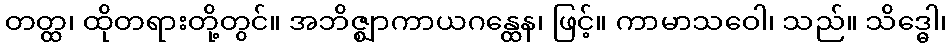
တတ္ထ၊ ထိုတရားတို့တွင်။ အဘိဇ္ဈာကာယဂန္ထေန၊ ဖြင့်။ ကာမာသဝေါ၊ သည်။ သိဒ္ဓေါ၊